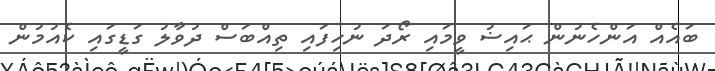
ބައެއް އަންހެނުން ޙައިޟު ވީމައި ރޯދަ ނުހިފައި ތިއްބަސް ދުވާލު ގަޑީގައި ކެއުމުން